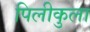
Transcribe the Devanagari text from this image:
पिलीकुला